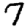
Digit: 7